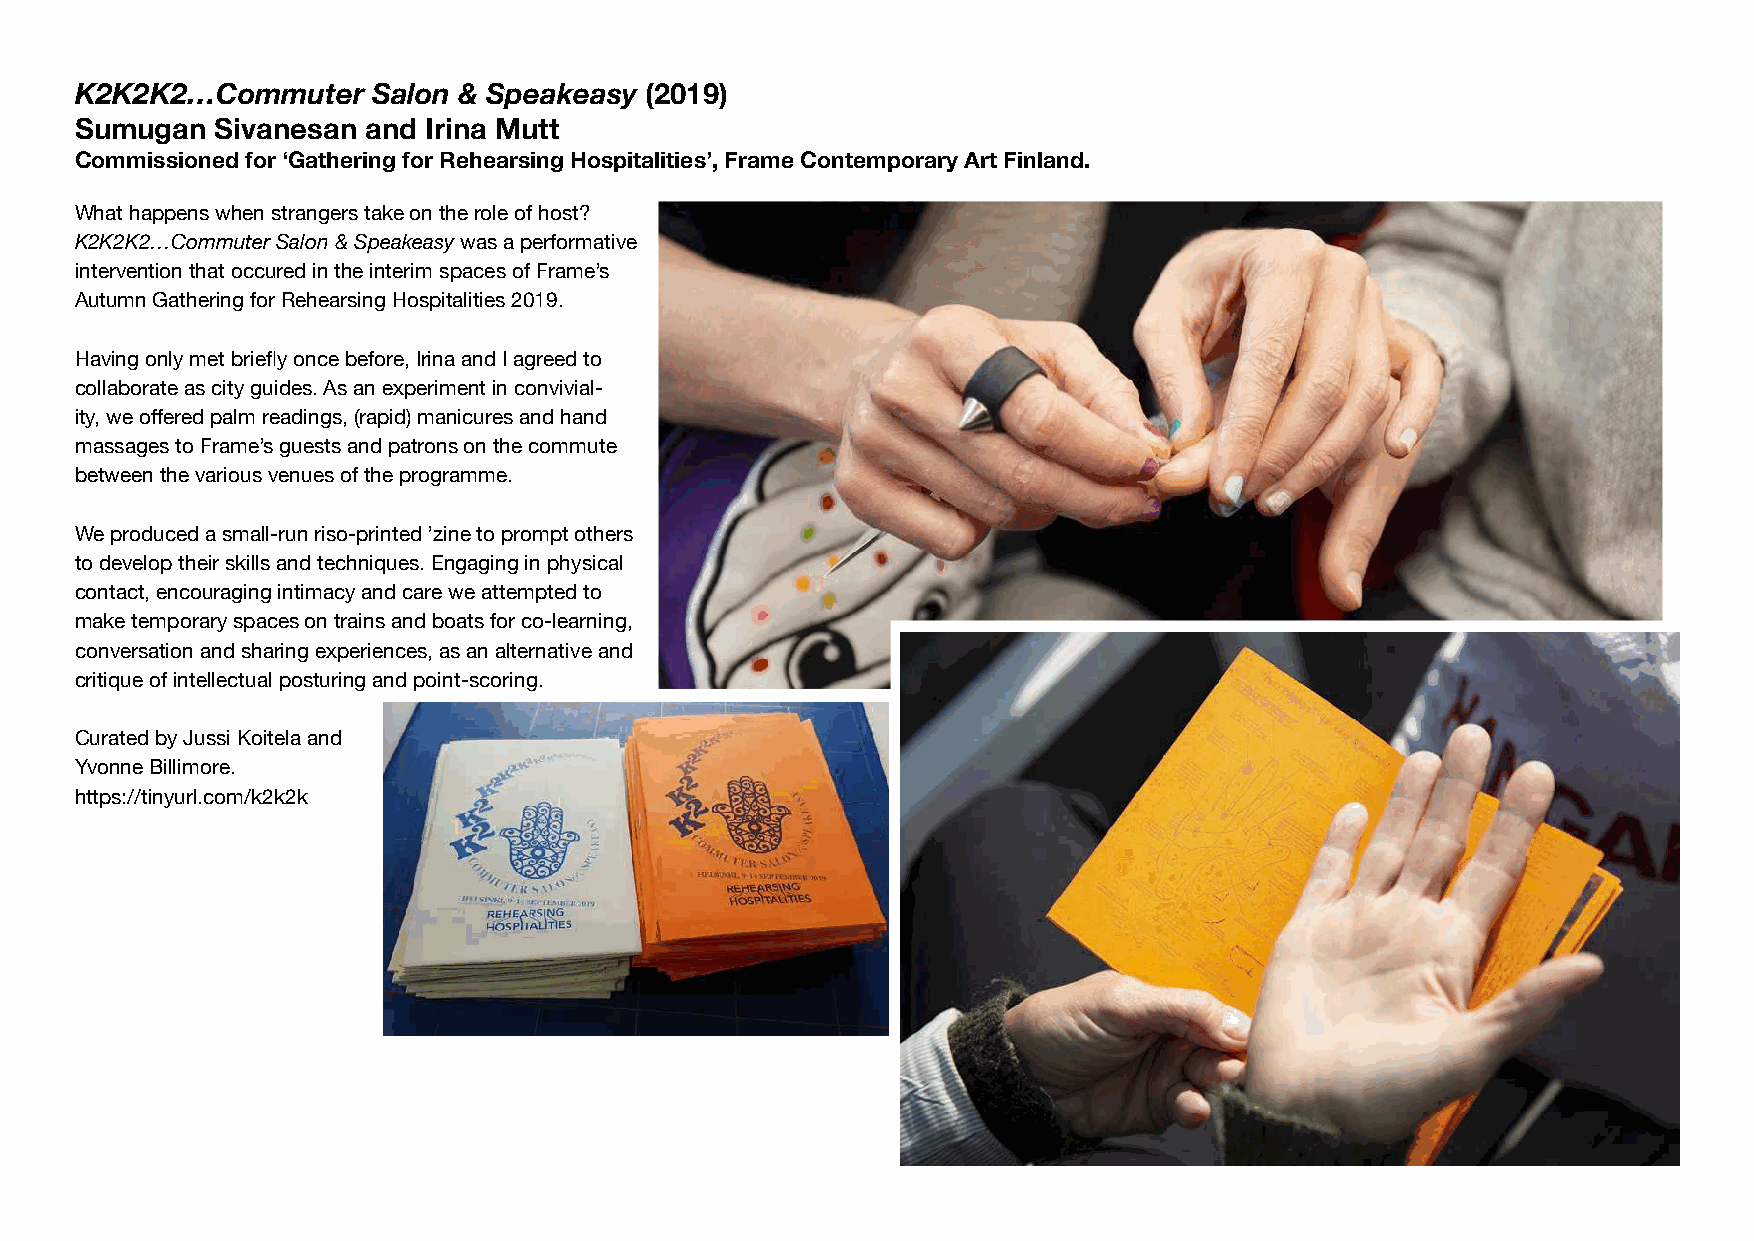
K2K2K2…Commuter     Salon & Speakeasy (2019)
 Sumugan  Sivanesan and Irina Mutt
 Commissioned for ‘Gathering for Rehearsing Hospitalities’, Frame Contemporary Art Finland.
 What happens when strangers take on the role of host?
 K2K2K2…Commuter Salon & Speakeasy was a performative
 intervention that occured in the interim spaces of Frame’s
 Autumn Gathering for Rehearsing Hospitalities 2019.
 Having only met briefl y once before, Irina and I agreed to
 collaborate as city guides. As an experiment in convivial-
 ity, we off ered palm readings, (rapid) manicures and hand
 massages to Frame’s guests and patrons on the commute
 between the various venues of the programme.
 We produced a small-run riso-printed ’zine to prompt others
 to develop their skills and techniques. Engaging in physical
 contact, encouraging intimacy and care we attempted to
 make temporary spaces on trains and boats for co-learning,
 conversation and sharing experiences, as an alternative and
 critique of intellectual posturing and point-scoring.
 Curated by Jussi Koitela and
 Yvonne Billimore.
 https://tinyurl.com/k2k2k